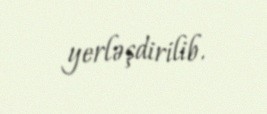
yerləşdirilib.